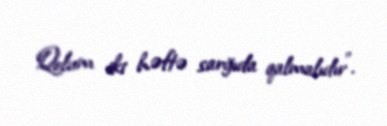
Qolum iki həftə sarğıda qalmalıdır".